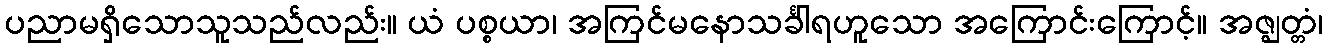
ပညာမရှိသောသူသည်လည်း။ ယံ ပစ္စယာ၊ အကြင်မနောသင်္ခါရဟူသော အကြောင်းကြောင့်။ အဇ္ဈတ္တံ၊